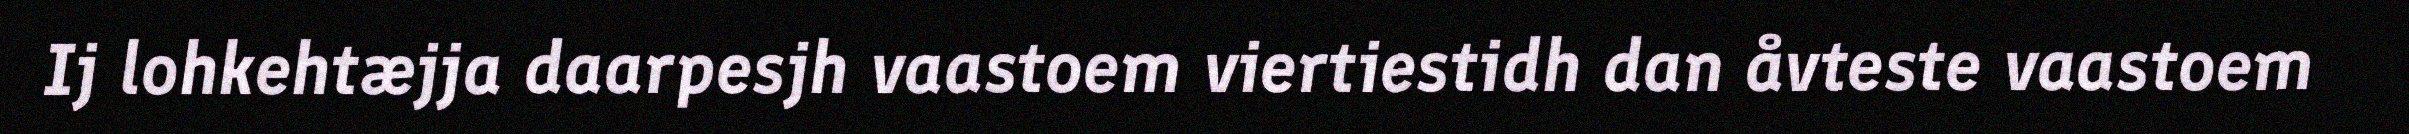
Ij lohkehtæjja daarpesjh vaastoem viertiestidh dan åvteste vaastoem